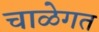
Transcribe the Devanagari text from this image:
चाळेगत